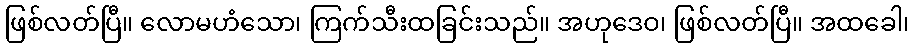
ဖြစ်လတ်ပြီ။ လောမဟံသော၊ ကြက်သီးထခြင်းသည်။ အဟုဒေဝ၊ ဖြစ်လတ်ပြီ။ အထခေါ၊